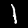
Label: 1